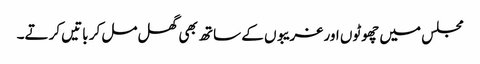
مجلس میں چھوٹوں اور غریبوں کے ساتھ بھی گھل مل کر باتیں کرتے۔